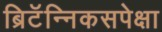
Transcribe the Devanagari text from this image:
ब्रिटॅन्निकसपेक्षा